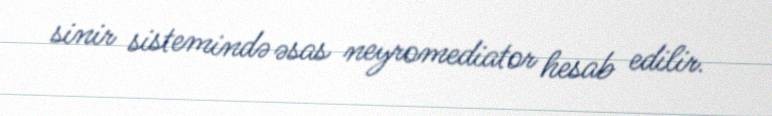
sinir sistemində əsas neyromediator hesab edilir.